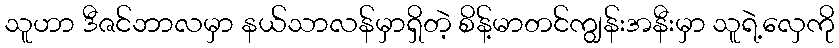
သူဟာ ဒီဇင်ဘာလမှာ နယ်သာလန်မှာရှိတဲ့ စိန့်မာတင်ကျွန်းအနီးမှာ သူရဲ့လှေကို